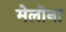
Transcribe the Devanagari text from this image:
मेलोना